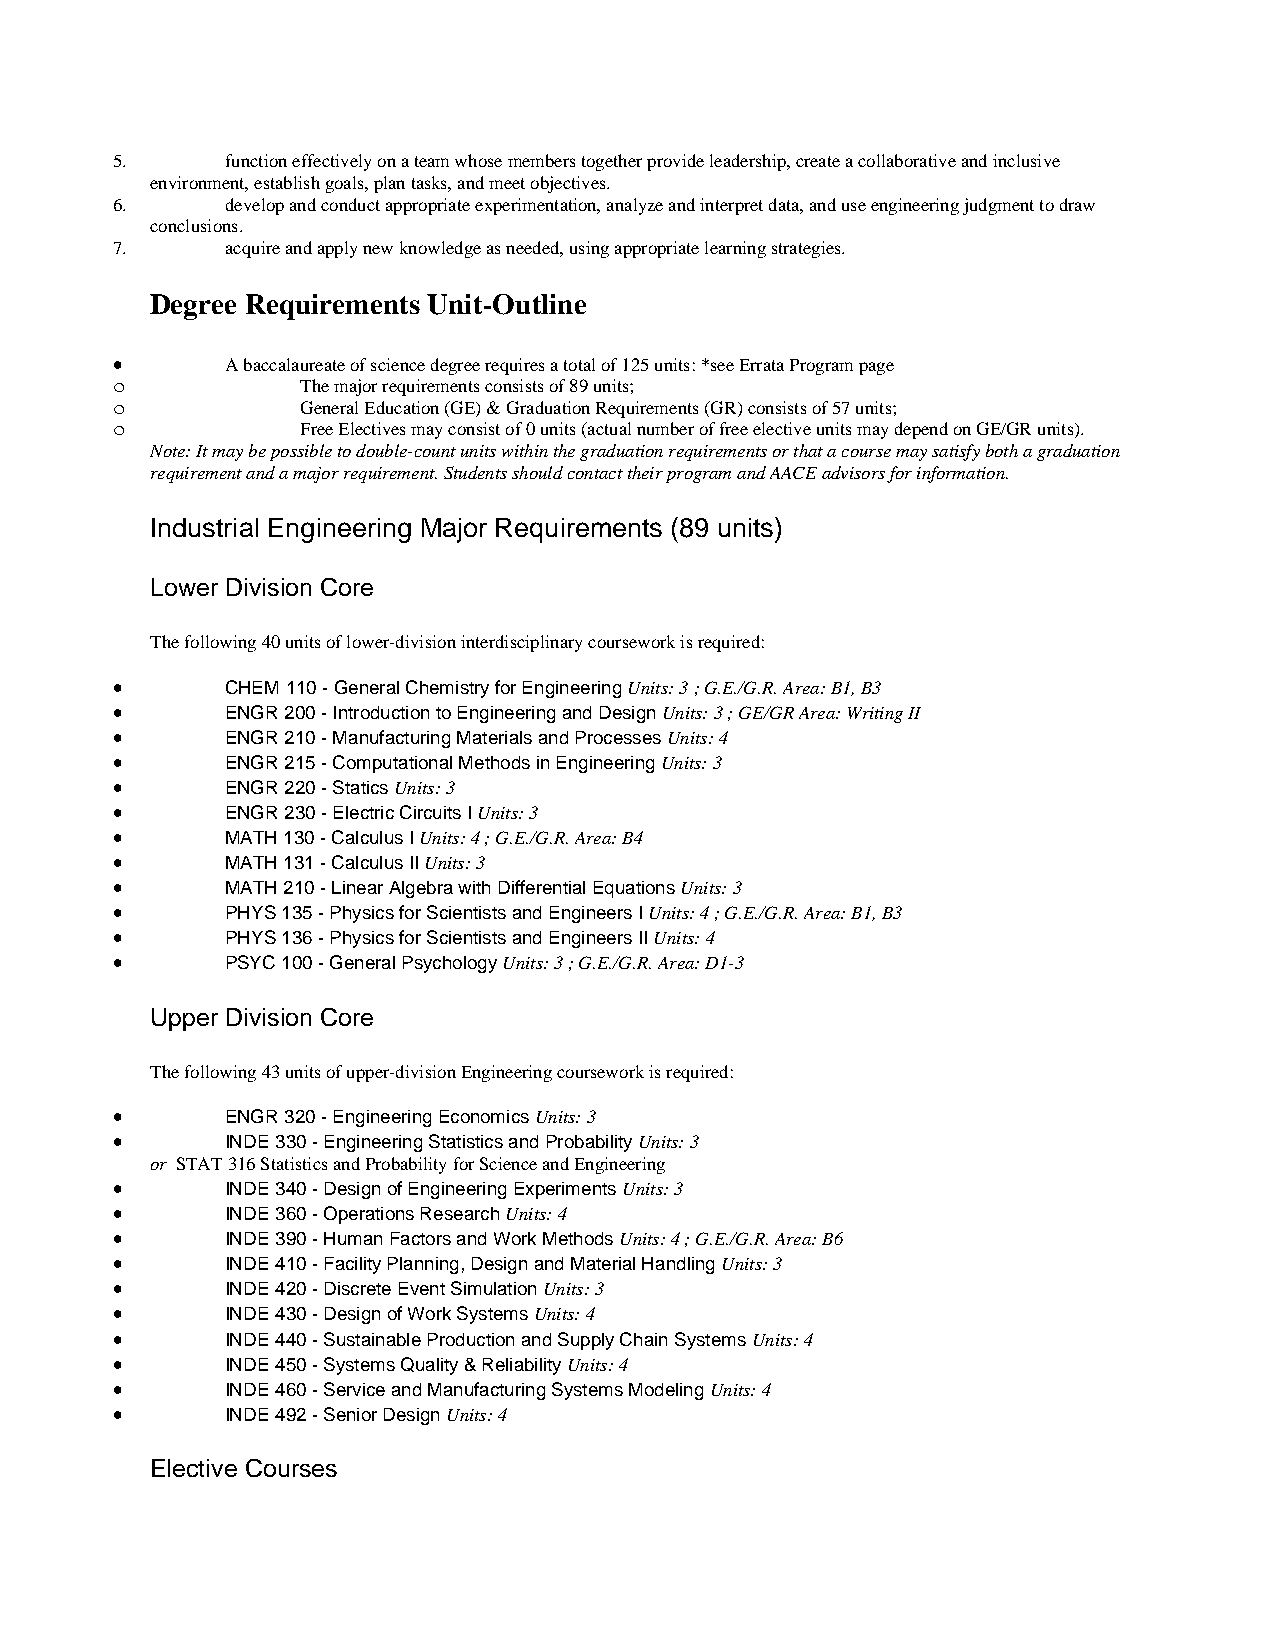
5.      function effectively on a team whose members together provide leadership, create a collaborative and inclusive
 environment, establish goals, plan tasks, and meet objectives.
 6.      develop and conduct appropriate experimentation, analyze and interpret data, and use engineering judgment to draw
 conclusions.
 7.      acquire and apply new knowledge as needed, using appropriate learning strategies.
 Degree Requirements Unit-Outline
 •       A baccalaureate of science degree requires a total of 125 units: *see Errata Program page
 o            The major requirements consists of 89 units;
 o            General Education (GE) & Graduation Requirements (GR) consists of 57 units;
 o            Free Electives may consist of 0 units (actual number of free elective units may depend on GE/GR units).
 Note: It may be possible to double-count units within the graduation requirements or that a course may satisfy both a graduation
 requirement and a major requirement. Students should contact their program and AACE advisors for information.
 Industrial Engineering Major Requirements (89 units)
 Lower Division Core
 The following 40 units of lower-division interdisciplinary coursework is required:
 •       CHEM 110 - General Chemistry for Engineering Units: 3 ; G.E./G.R. Area: B1, B3
 •       ENGR 200 - Introduction to Engineering and Design Units: 3 ; GE/GR Area: Writing II
 •       ENGR 210 - Manufacturing Materials and Processes Units: 4
 •       ENGR 215 - Computational Methods in Engineering Units: 3
 •       ENGR 220 - Statics Units: 3
 •       ENGR 230 - Electric Circuits I Units: 3
 •       MATH 130 - Calculus I Units: 4 ; G.E./G.R. Area: B4
 •       MATH 131 - Calculus II Units: 3
 •       MATH 210 - Linear Algebra with Differential Equations Units: 3
 •       PHYS 135 - Physics for Scientists and Engineers I Units: 4 ; G.E./G.R. Area: B1, B3
 •       PHYS 136 - Physics for Scientists and Engineers II Units: 4
 •       PSYC 100 - General Psychology Units: 3 ; G.E./G.R. Area: D1-3
 Upper Division Core
 The following 43 units of upper-division Engineering coursework is required:
 •       ENGR 320 - Engineering Economics Units: 3
 •       INDE 330 - Engineering Statistics and Probability Units: 3
 or STAT 316 Statistics and Probability for Science and Engineering
 •       INDE 340 - Design of Engineering Experiments Units: 3
 •       INDE 360 - Operations Research Units: 4
 •       INDE 390 - Human Factors and Work Methods Units: 4 ; G.E./G.R. Area: B6
 •       INDE 410 - Facility Planning, Design and Material Handling Units: 3
 •       INDE 420 - Discrete Event Simulation Units: 3
 •       INDE 430 - Design of Work Systems Units: 4
 •       INDE 440 - Sustainable Production and Supply Chain Systems Units: 4
 •       INDE 450 - Systems Quality & Reliability Units: 4
 •       INDE 460 - Service and Manufacturing Systems Modeling Units: 4
 •       INDE 492 - Senior Design Units: 4
 Elective Courses